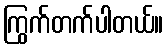
ကြွက်တက်ပါတယ်။